Document type: Emphyteutic lease
Year: 1473
Scribe: [Unknown]
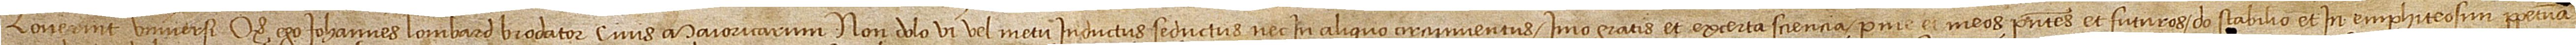
Noverint universi quod ego Iohannes Lombard, brodator, civis Maioricarum, non dolo, vi vel metu inductus nec in aliquo circumventus, imo gratis et ex certa sciecia per me et meos presentes et futuros do, stabilio et in emphiteosim perpetuam